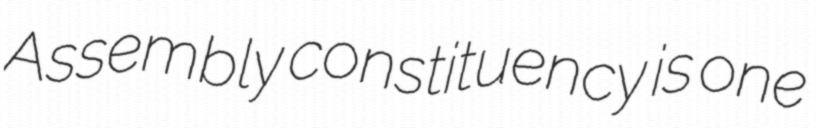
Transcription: Assembly constituency is one